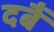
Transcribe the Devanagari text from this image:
दबैं